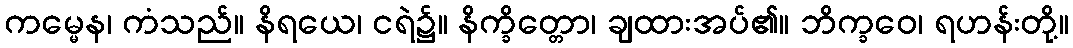
ကမ္မေန၊ ကံသည်။ နိရယေ၊ ငရဲ၌။ နိက္ခိတ္တော၊ ချထားအပ်၏။ ဘိက္ခဝေ၊ ရဟန်းတို့။